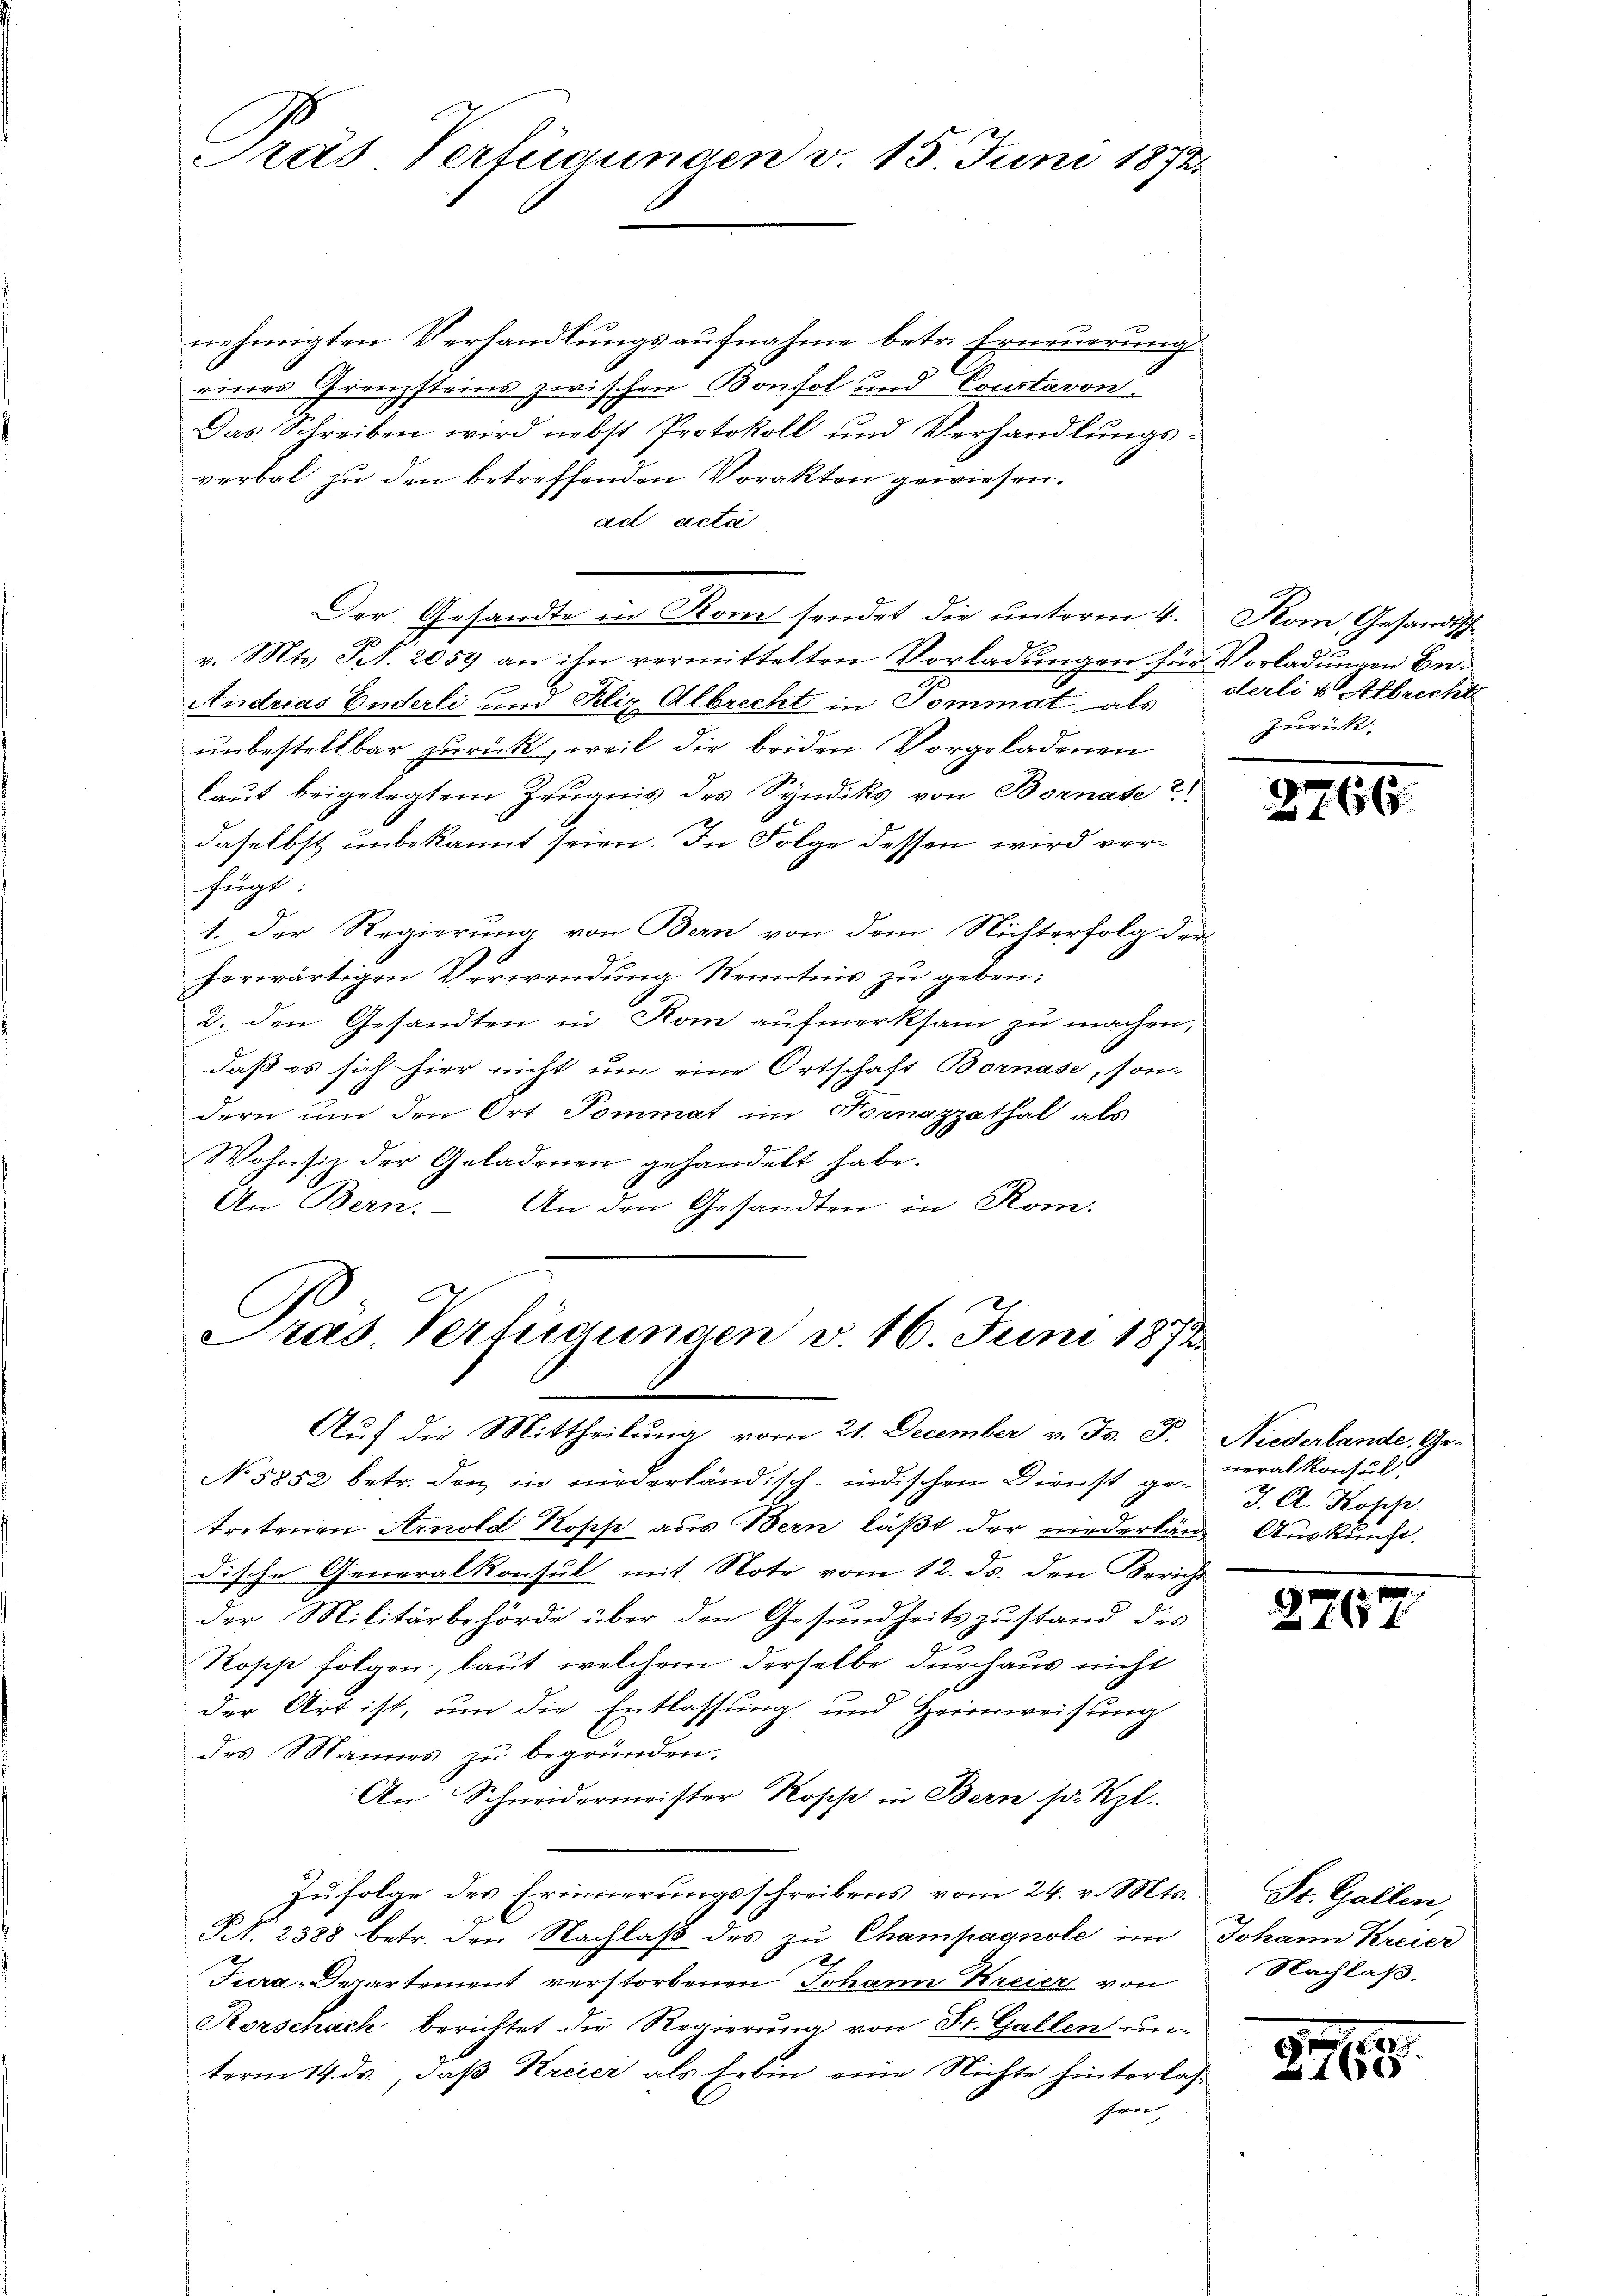
Pras Verfügungen v. 15. Juni 1872.

nehmigten Verhandlungsaufnahme betr. Erneuerung
eines Grenzsteins zwischen Bonfol und Coustavon.
Das Schreiben wird nebst Protokoll und Verhandlungsverbal zu den betreffenden Vorakten gewiesen.
ad acta.
Der Gesandte in Kom sendet die unterm 4. Kom Gesandtsch
v. Mts. Frk. 2059 an ihn vermittelten Vorladungen für Vorladungen Be¬
Andreas Enderli und Pliz Albrecht in Tommat als
unbestellbar zurück, weil die beiden Vorgeladenen
laut beigelegtem Zeugnis des Syndiks von Bornate?
daselbst unbekannt seien. In Folge dessen wird verfügt:
1. Der Regierung von Bern von dem Nichterfolg der
herwärtigen Verwendung Kenntnis zu geben:
2. den Gesandten in Rom aufmerksam zu machen,
daß es sich hier nicht um eine Ortschaft Bornase, son-
dern um den Ort Pommat im Normazzathal als
Wohnsiz der Geladenen gehandelt habe.
An Bern. – An den Gesandten in Rom.

Pras. Verfügungen v. 16. Juni 1872.

derli u Albrecht
zurück.

Auf die Mittheilung vom 21. December v. J. J. Niederlande, Ge¬
No. 5852 betr. den in niederländisch-indischen Dienst getretenen Arnold Kopp aus Bern läßt der niederlang Auskunft
dische Generalkonsul mit Note vom 12. ds. den Bericht
der Militärbehörde über den Gesundheitszustand des
Kopp folgen, laut welchem derselbe durchaus nicht
der Art ist, um die Entlassung und Heimweisung
des Mannes zu begründen.
An Schneidermeister Rosse in Bern so. Rzl.
Zŭfolge des Erinnerungsschreibens vom 24. v. Mts.: St. Gallen,
Nr. 2388 betr. den Nachlaβ des zu Champagnole im Johann Kreier
Fura-Departement verstorbenen Johann Kreier von
Rorschach berichtet die Regierung von St. Gallen unterm 14. ds., daß Kreier als Erbin eine Nichte hinterlassen,

2766

neralkonsul
J. A. Kopp

27.

Nachlaß.

8760